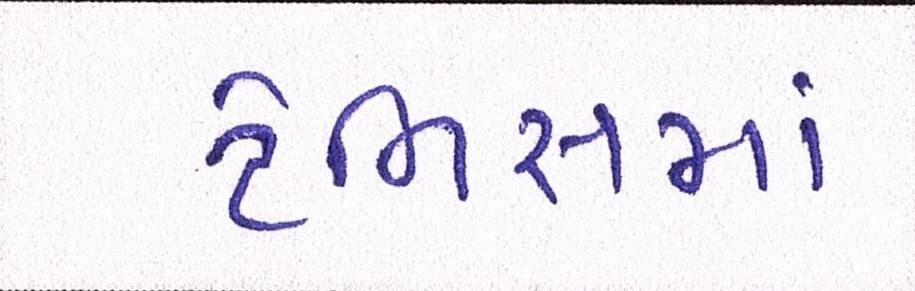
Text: ટેનિસમાં